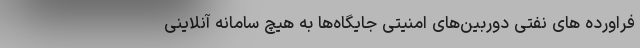
فراورده های نفتی دوربین‌های امنیتی جایگاه‌ها به هیچ سامانه آنلاینی